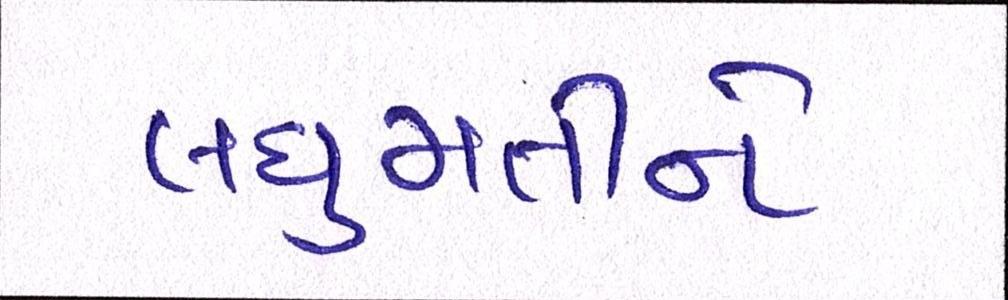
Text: લઘુમતીને